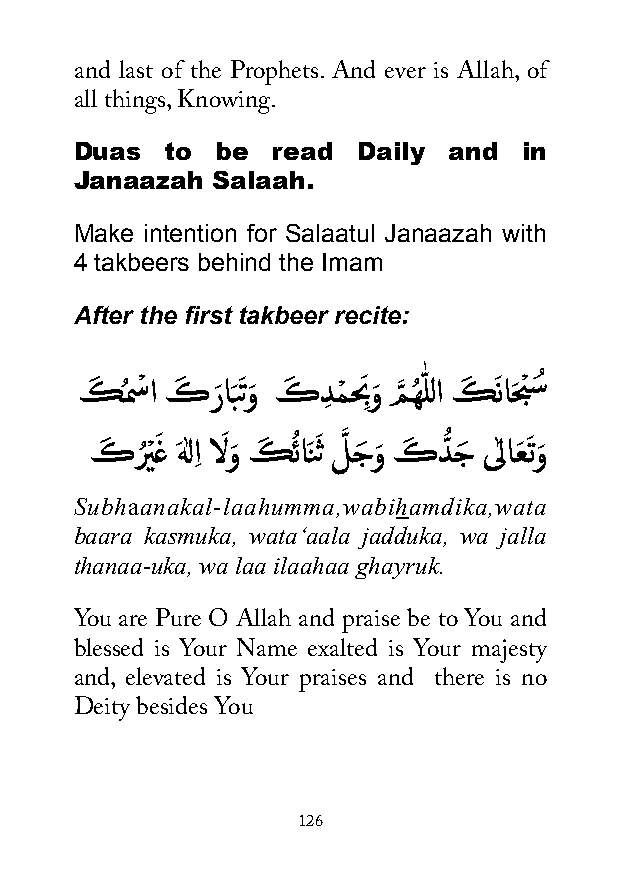
and last of the Prophets. And ever is Allah, of
 all things, Knowing.
 Duas  to be  read  Daily and  in
 Janaazah Salaah.
 Make intention for Salaatul Janaazah with
 4 takbeers behind the Imam
 After the first takbeer recite:
 كَ ُمسْ ا كَ رَ اَبَتوَ كَ دِ مْ حبَ ِوَ مَّ هُ ّٰ للا كَ َ ناحَبْ سُ
 كَ رُ ْيغَ هَ ٰلاِ الَ وَ كَ ُ ئاَنَ ث لَّ جَ وَ كَ دُّ جَ ىٰلاعَ َ توَ
 Subhaanakal-laahumma,wabihamdika,wata
 baara kasmuka, wata‘aala jadduka, wa jalla
 thanaa-uka, wa laa ilaahaa ghayruk.
 You are Pure O Allah and praise be to You and
 blessed is Your Name exalted is Your majesty
 and, elevated is Your praises and there is no
 Deity besides You
 126